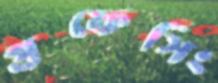
প্রফেসিং